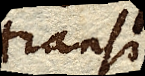
transire